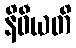
နိဓီယတိ